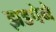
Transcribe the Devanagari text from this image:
झडपेने